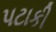
પટાકી